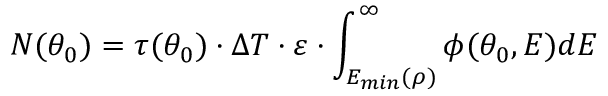
N ( \theta _ { 0 } ) = \tau ( \theta _ { 0 } ) \cdot \Delta { T } \cdot \varepsilon \cdot \int _ { E _ { m i n } ( \rho ) } ^ { \infty } \phi ( \theta _ { 0 } , E ) d E